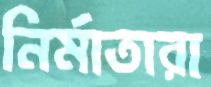
নির্মাতারা